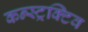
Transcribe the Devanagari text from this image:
कन्स्ट्रक्टिव